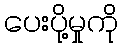
ပေးပို့မှုကို